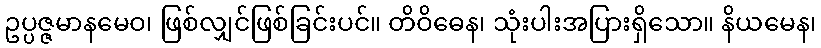
ဥပ္ပဇ္ဇမာနမေဝ၊ ဖြစ်လျှင်ဖြစ်ခြင်းပင်။ တိဝိဓေန၊ သုံးပါးအပြားရှိသော။ နိယမေန၊